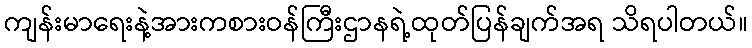
ကျန်းမာရေးနဲ့အားကစားဝန်ကြီးဌာနရဲ့ထုတ်ပြန်ချက်အရ သိရပါတယ်။